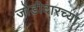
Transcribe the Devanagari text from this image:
जोडीदारच्या